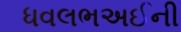
ધવલભઅઈની